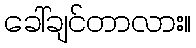
ခေါ်ချင်တာလား။